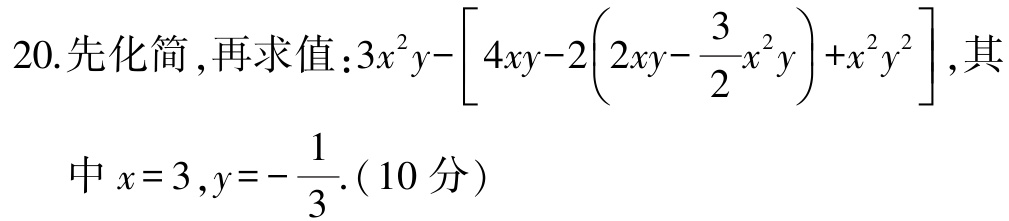
$20. 先化简 ,再求值:3x^{2}y-\left[4xy - 2\left(2xy-\dfrac{3}{2}x^{2}y\right)+x^{2}y^{2}\right],其$
$中\ x = 3,y = -\dfrac{1}{3}.(10分)$